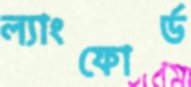
ল্যাংফোর্ড